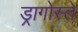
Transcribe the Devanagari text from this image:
ड्रागोस्ते